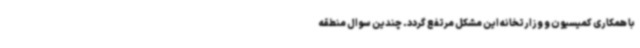
با همکاری کمیسیون و وزارتخانه این مشکل مرتفع گردد. چندین سوال منطقه